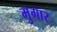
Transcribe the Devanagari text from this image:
मुगार